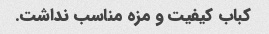
کباب کیفیت و مزه مناسب نداشت.